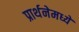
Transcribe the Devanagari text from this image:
प्रार्थनेमध्ये